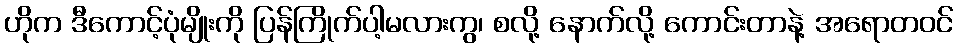
ဟိုက ဒီကောင့်ပုံမျိုးကို ပြန်ကြိုက်ပါ့မလားကွ၊ စလို့ နောက်လို့ ကောင်းတာနဲ့ အရောတဝင်